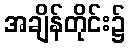
အချိန်တိုင်း၌